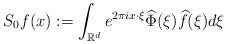
LaTeX: \begin{align*}S_0 f(x) := \int_{{\mathbb R}^d} e^{2\pi i x\cdot\xi} \widehat{\Phi}(\xi)\widehat{f}(\xi) d\xi\end{align*}